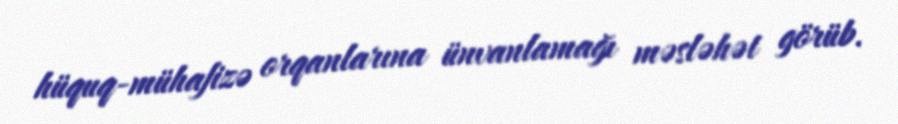
hüquq-mühafizə orqanlarına ünvanlamağı məsləhət görüb.